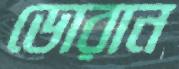
ডোরান